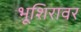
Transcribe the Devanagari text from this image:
भूशिरावर